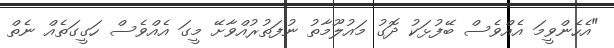
"އެހެންވީމަ އެއްވެސް ބޭފުޅަކު ދޮގު މައުލޫމާތު ނުފަތުރުއްވާށޭ މީގަ އެއްވެސް ހަގީގަތެއް ނެތް